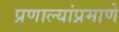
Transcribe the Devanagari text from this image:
प्रणाल्यांप्रमाणे